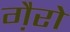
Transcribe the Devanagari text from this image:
गै़रो